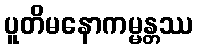
ပူတိမနောကမ္မန္တဿ